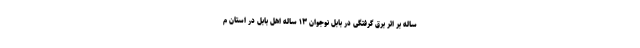
ساله بر اثر برق گرفتگی در بابل نوجوان ۱۳ ساله اهل بابل در استان م